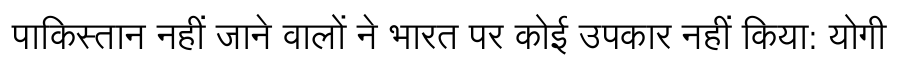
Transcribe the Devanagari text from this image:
पाकिस्तान नहीं जाने वालों ने भारत पर कोई उपकार नहीं किया: योगी